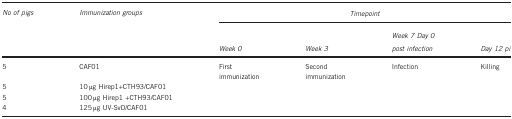
<table><thead><tr><td><b><i>No of pigs</i></b></td><td><b><i>Immunization groups</i></b></td><td colspan="4"><b><i>Timepoint</i></b></td></tr><tr><td><b> </b></td><td><b> </b></td><td><b><i>Week 0</i></b></td><td><b><i>Week 3</i></b></td><td><b><i>Week 7</i><i>Day 0 post infection</i></b></td><td><b><i>Day 12 pi</i></b></td></tr></thead><tbody><tr><td>5</td><td>CAF01</td><td>First immunization</td><td>Second immunization</td><td>Infection</td><td>Killing</td></tr><tr><td>5</td><td>10 μg Hirep1+CTH93/CAF01</td><td> </td><td> </td><td> </td><td> </td></tr><tr><td>5</td><td>100 μg Hirep1 +CTH93/CAF01</td><td> </td><td> </td><td> </td><td> </td></tr><tr><td>4</td><td>125 μg UV-SvD/CAF01</td><td> </td><td> </td><td> </td><td> </td></tr></tbody></table>